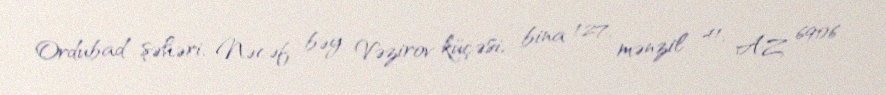
Ordubad şəhəri, Nəcəf bəy Vəzirov küçəsi, bina 127, mənzil 41, AZ 6906